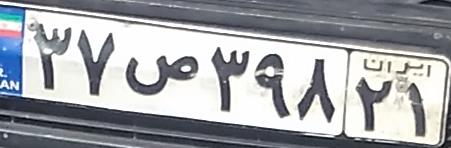
۳۷ص۳۹۸۲۱